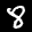
Label: 8